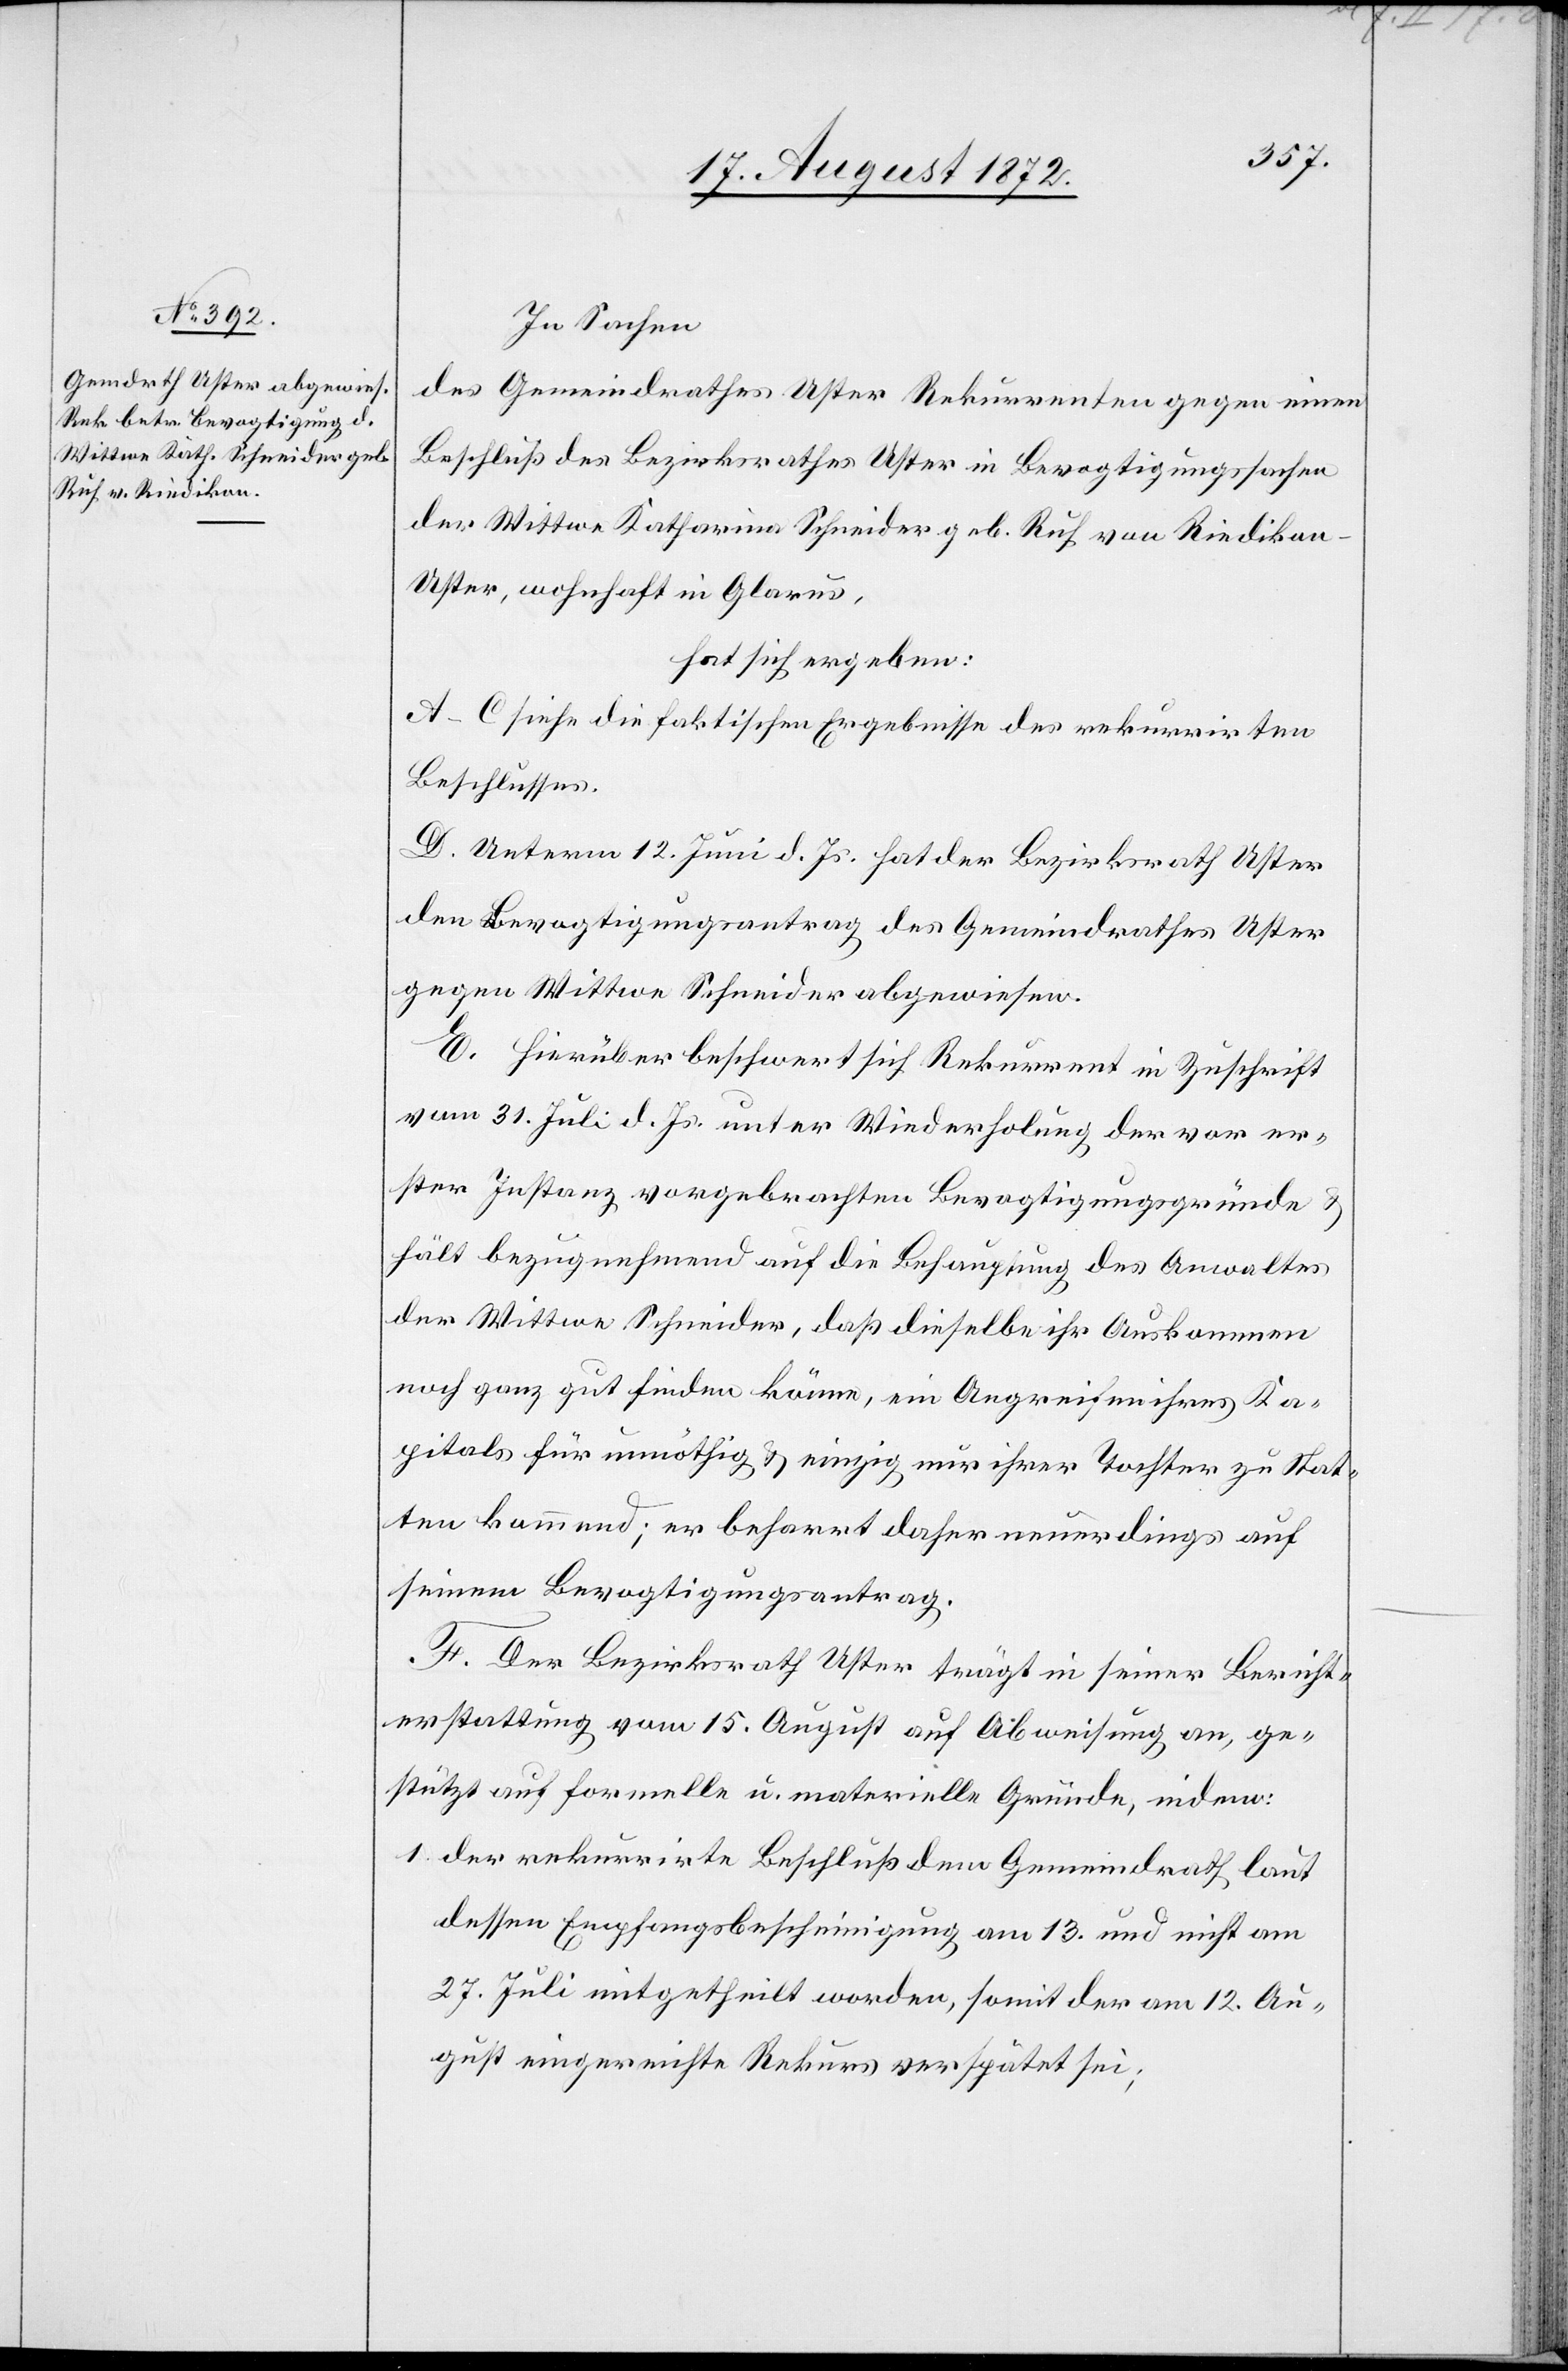
In Sachen
des Gemeindrathes Uster Rekurrenten gegen einen
Beschluß des Bezirksrathes Uster in Bevogtigungssachen
der Wittwe Katharina Schneider geb. Ruh von Riediko¬
n-Uster, wohnhaft in Glarus,
hat sich ergeben:
A–C siehe die faktischen Ergebnisse des rekurrirten
Beschlusses.
D. Unterm 12. Juni d. Js. hat der Bezirksrath Uster
den Bevogtigungsantrag des Gemeindrathes Uster
gegen Wittwe Schneider abgewiesen.
E. Hierüber beschwert sich Rekurrent in Zuschrift
vom 31. Juli d. Js. unter Wiederholung der vor er¬
ster Instanz vorgebrachten Bevogtigungsgründe u.
hält bezugnehmend auf die Behauptung des Anwaltes
der Wittwe Schneider, daß dieselbe ihr Auskommen
noch ganz gut finden könne, ein Angreifen ihres Ka¬
pitals für unnöthig u. einzig nur ihrer Tochter zu Stat¬
ten kommend; er beharrt daher neuerdings auf
seinem Bevogtigungsantrag.
F. Der Bezirksrath Uster trägt in seiner Bericht¬
erstattung vom 15. August auf Abweisung an, ge¬
stützt auf formelle u. materielle Gründe, indem:
1. der rekurrirte Beschluß dem Gemeindrath laut
dessen Empfangsbescheinigung am 13. und nicht am
27. Juli mitgetheilt worden, somit der am 12. Au¬
gust eingereichte Rekurs verspätet sei;